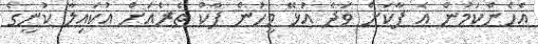
އެހެންކަމުން އެ ޕާކަށް ވަދެ އުޅޭ މީހުން ޕާކް ތެރެއަށް އުކައިލާ ކުނީގެ